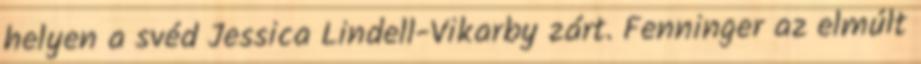
helyen a svéd Jessica Lindell-Vikarby zárt. Fenninger az elmúlt